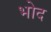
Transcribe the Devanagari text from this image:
भोद